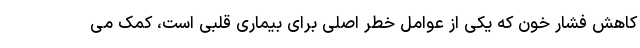
کاهش فشار خون که یکی از عوامل خطر اصلی برای بیماری قلبی است، کمک می